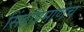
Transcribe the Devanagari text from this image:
सिंहांप्रमाणेच